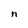
Character: n